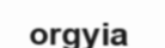
orgyia